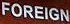
FOREIGN